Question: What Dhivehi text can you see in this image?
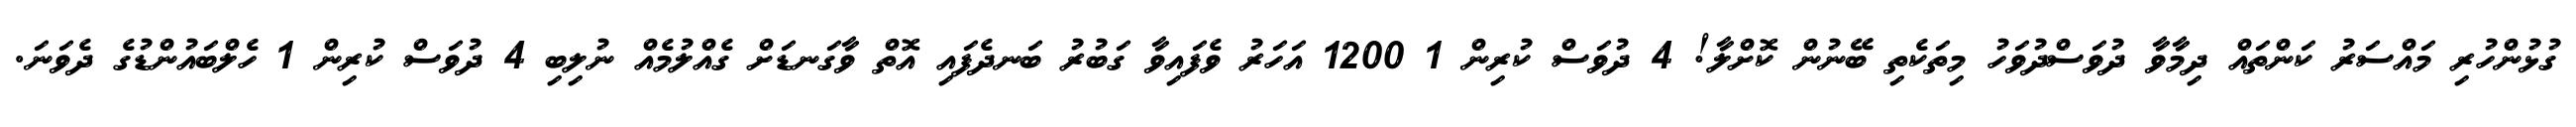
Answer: ގުޅުންހުރި މައްސަރު ކަންތައް ދިމާވާ ދުވަސްދުވަހު މިތަކެތި ބޭނުން ކޮށްލާ! 4 ދުވަސް ކުރިން 1 1200 އަހަރު ވެފައިވާ ގަބުރު ބަނދެފައި އޮތް ވާގަނޑަށް ގެއްލުމެއް ނުލިބި 4 ދުވަސް ކުރިން 1 ހެލްބައުންޑުގެ ދެވަނަ.